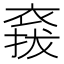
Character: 𧛌